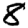
Digit: 8